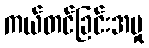
ကယ်တင်ခြင်းအမှု